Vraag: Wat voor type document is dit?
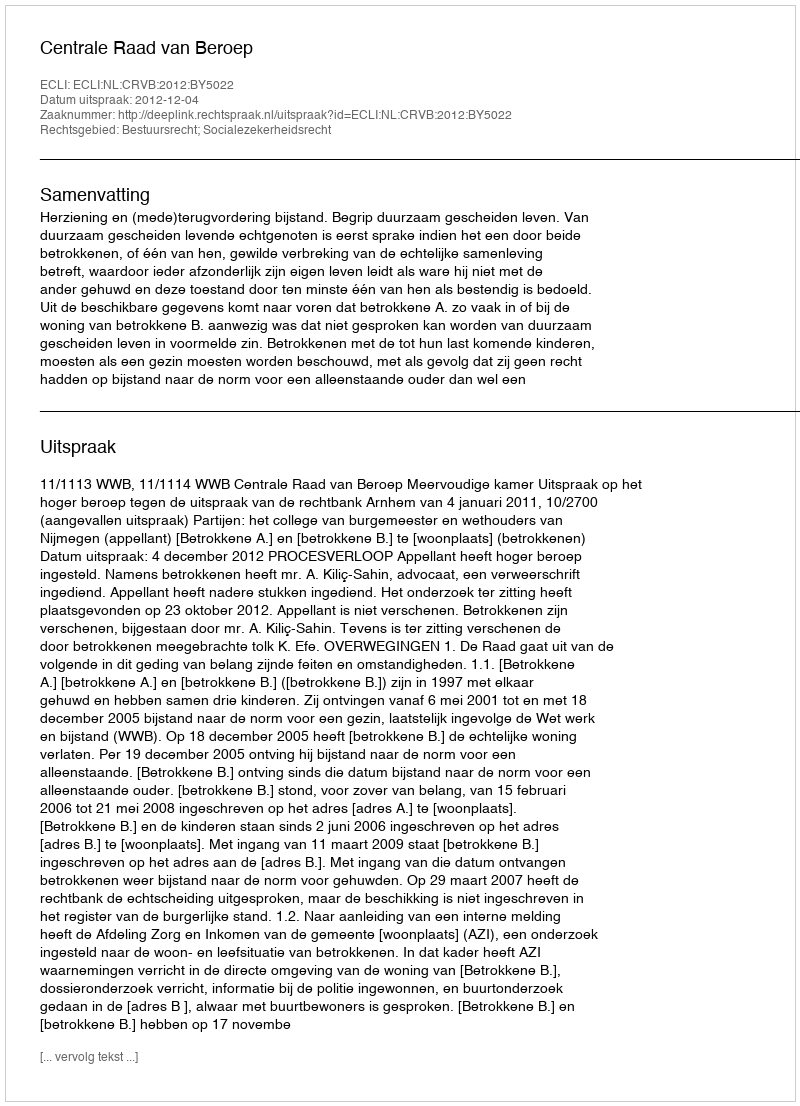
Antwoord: Uitspraak